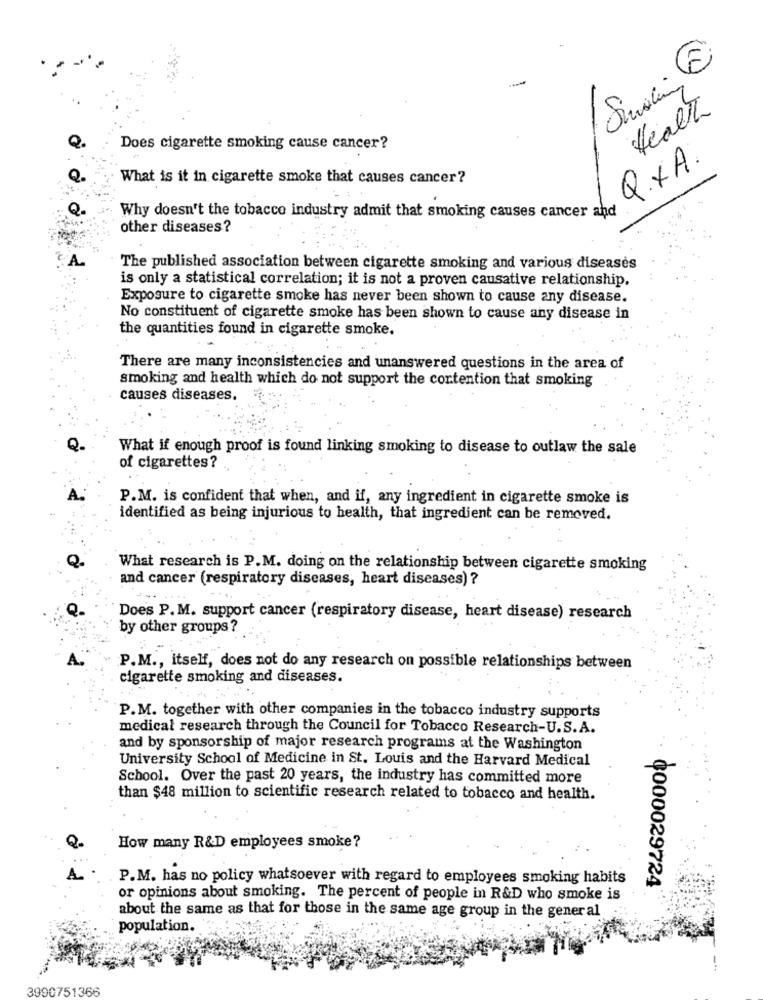
Health
Q.
Does cigarette smoking cause cancer?
Q.XA.
What is it in cigarette smoke that causes cancer?
Why doesn't the tobacco industry admit that smoking causes cancer and
other diseases?
The published association between cigarette smoking and various diseases
is only a statistical correlation; it is not a proven causative relationship.
Exposure to cigarette smoke has never been shown to cause any disease.
No constituent of cigarette smoke has been shown to cause any disease in
the quantities found in cigarette smoke.
There are many inconsistencies and unanswered questions in the area of
smoking and health which do not support the contention that smoking
causes diseases.
What if enough proof is found linking smoking to disease to outlaw the sale
of cigarettes?
P.M. is confident that when, and if, any ingredient in cigarette smoke is
identified as being injurious to health, that ingredient can be removed.
Q.
What research is P.M. doing on the relationship between cigarette smoking
and cancer (respiratory diseases, heart diseases) ?
Q.
Does P.M. support cancer (respiratory disease, heart disease) research
by other groups?
P.M ., itself, does not do any research on possible relationships between
cigarette smoking and diseases.
P.M. together with other companies in the tobacco industry supports
medical research through the Council for Tobacco Research-U.S.A.
and by sponsorship of major research programs at the Washington
University School of Medicine in St. Louis and the Harvard Medical
School. Over the past 20 years, the industry has committed more
than $48 million to scientific research related to tobacco and health.
How many R&D employees smoke?
P.M. has no policy whatsoever with regard to employees smoking habits
0000029724
or opinions about smoking. The percent of people in R&D who smoke is
about the same as that for those in the same age group in the general
population.
3990751366